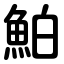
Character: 鮊